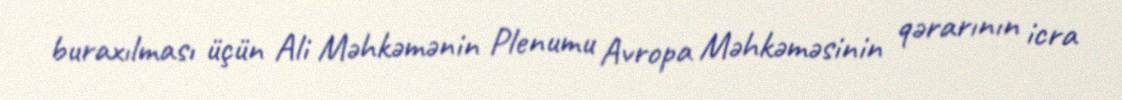
buraxılması üçün Ali Məhkəmənin Plenumu Avropa Məhkəməsinin qərarının icra